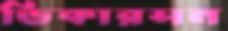
ডিকারসন